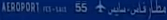
AERODROM-PEL-TES